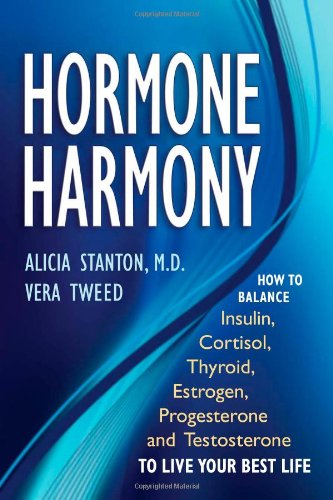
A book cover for Hormone Harmony: How to Balance Insulin, Cortisol, Thyroid, Estrogen, Progesterone and Testosterone To Live Your Best Life; Alicia Stanton; Health, Fitness & Dieting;